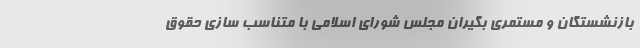
بازنشستگان و مستمری بگیران مجلس شورای اسلامی با متناسب سازی حقوق